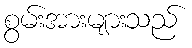
စွမ်းအားများသည်